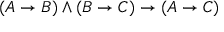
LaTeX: ( A \to B ) \land ( B \to C ) \to ( A \to C )